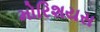
મોરિશયસ